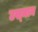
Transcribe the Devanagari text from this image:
उस्‍मान